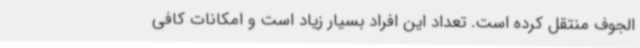
الجوف منتقل کرده است. تعداد این افراد بسیار زیاد است و امکانات کافی